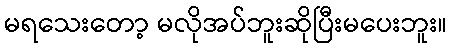
မရသေးတော့ မလိုအပ်ဘူးဆိုပြီးမပေးဘူး။